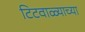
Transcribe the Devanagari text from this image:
टिटवाळ्याच्या